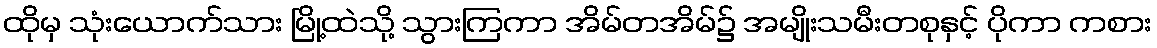
ထိုမှ သုံးယောက်သား မြို့ထဲသို့ သွားကြကာ အိမ်တအိမ်၌ အမျိုးသမီးတစုနှင့် ပိုကာ ကစား